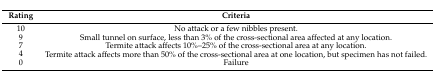
| Rating | Criteria |
 | --- | --- |
 | 10 | No attack or a few nibbles present. |
 | 9 | Small tunnel on surface, less than 3% of the cross-sectional area affected at any location. |
 | 7 | Termite attack affects 10%–25% of the cross-sectional area at any location. |
 | 4 | Termite attack affects more than 50% of the cross-sectional area at one location, but specimen has not failed. |
 | 0 | Failure |